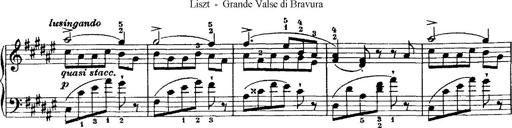
Title: Grande valse di bravura
Composer: Franz Liszt